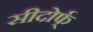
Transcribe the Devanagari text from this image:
सीदोर्फ्